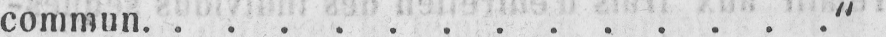
commun..............“